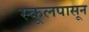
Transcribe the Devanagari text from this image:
स्कूलपासून